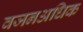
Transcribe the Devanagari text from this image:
वजनअधिक